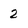
Character: 2